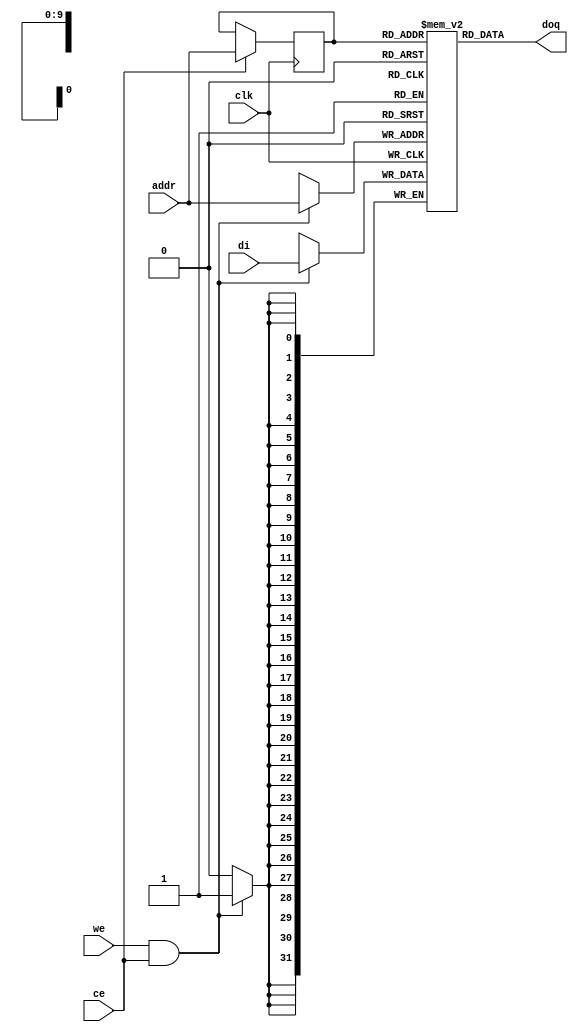
module or1200_spram
  (
`ifdef OR1200_BIST
   // RAM BIST
   mbist_si_i, mbist_so_o, mbist_ctrl_i,
`endif
   // Generic synchronous single-port RAM interface
   clk, ce, we, addr, di, doq
   );
   
   //
   // Default address and data buses width
   //
   parameter aw = 10;
   parameter dw = 32;
   
`ifdef OR1200_BIST
   //
   // RAM BIST
   //
   input mbist_si_i;
   input [`OR1200_MBIST_CTRL_WIDTH - 1:0] mbist_ctrl_i;
   output 				  mbist_so_o;
`endif
   
   //
   // Generic synchronous single-port RAM interface
   //
   input 				  clk;	// Clock
   input 				  ce;	// Chip enable input
   input 				  we;	// Write enable input
   //input 				  oe;	// Output enable input
   input [aw-1:0] 			  addr;	// address bus inputs
   input [dw-1:0] 			  di;	// input data bus
   output [dw-1:0] 			  doq;	// output data bus
   
   //
   // Internal wires and registers
   //

   //
   // Generic single-port synchronous RAM model
   //
   
   //
   // Generic RAM's registers and wires
   //
`ifdef OR1200_GENERIC   
   reg [dw-1:0] 			  mem [1023:0] /*synthesis syn_ramstyle = "no_rw_check"*/;
`else
   reg [dw-1:0] 			  mem [1023:0];
`endif
   reg [aw-1:0] 			  addr_reg;		// RAM address register
   
   //
   // Data output drivers
   //
   //assign doq = (oe) ? mem[addr_reg] : {dw{1'b0}};
   assign doq = mem[addr_reg];
   
   //
   // RAM read address register
   //
   always @(posedge clk)
     if (ce)
       addr_reg <=  addr;
   
   //
   // RAM write
   //
   always @(posedge clk)
     if (we && ce)
       mem[addr] <=  di;
   
endmodule